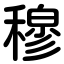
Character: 穆